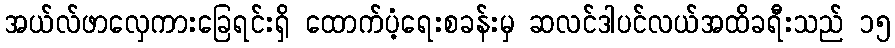
အယ်လ်ဖာလှေကားခြေရင်းရှိ ထောက်ပံ့ရေးစခန်းမှ ဆလင်ဒါပင်လယ်အထိခရီးသည် ၁၅